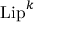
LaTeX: { \mathrm { L i p } } ^ { k }